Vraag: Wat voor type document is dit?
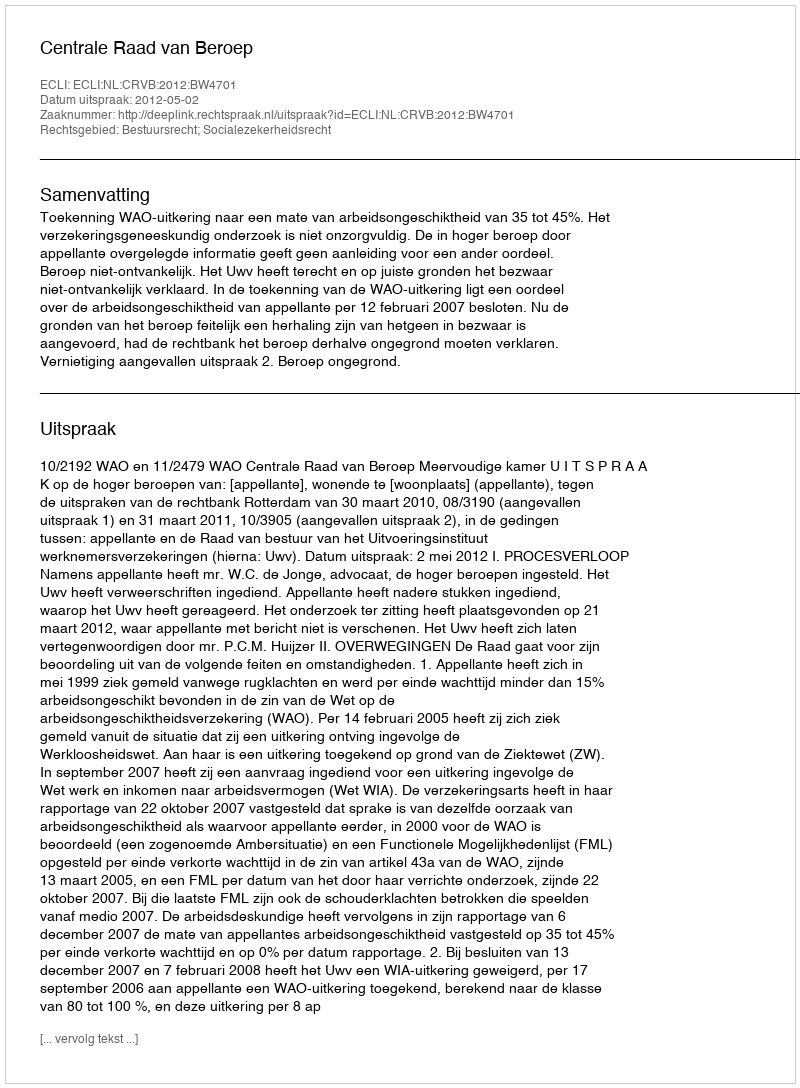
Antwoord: Uitspraak